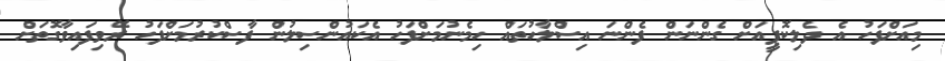
މިއަށްފަހު އެ ދެލިކޮޕީއަށް ގެންނަން ފެންނަ އިސްލާހުތައް ހިމެނުމަށްފަހު އެކައުންސިލުން ފާސްކުރުމަށްފަހު ރޭވިފައިވާގޮތަށް